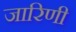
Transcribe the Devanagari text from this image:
जारिणी